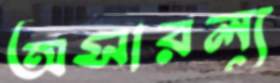
অসারল্য